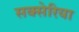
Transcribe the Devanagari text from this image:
सक्सेरिया